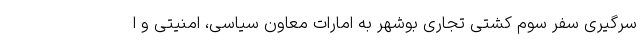
سرگیری سفر سوم کشتی تجاری بوشهر به امارات معاون سیاسی، امنیتی و ا